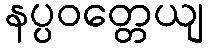
နပ္ပဝတ္တေယျ